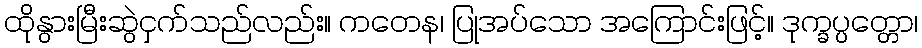
ထိုနွားမြီးဆွဲငှက်သည်လည်း။ ကတေန၊ ပြုအပ်သော အကြောင်းဖြင့်။ ဒုက္ခပ္ပတ္တော၊